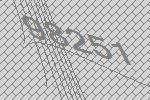
98251